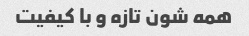
همه شون تازه و با کیفیت